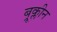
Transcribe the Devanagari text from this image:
ब्रूक्लीन